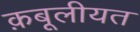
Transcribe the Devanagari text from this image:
क़बूलीयत